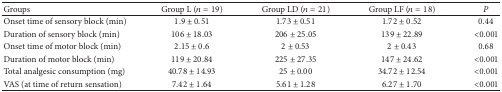
<table><thead><tr><td><b>Groups</b></td><td><b>Group L (<i>n</i> = 19)</b></td><td><b>Group LD (<i>n</i> = 21)</b></td><td><b>Group LF (<i>n</i> = 18)</b></td><td><b><i>P</i></b></td></tr></thead><tbody><tr><td>Onset time of sensory block (min)</td><td>1.9 ± 0.51</td><td>1.73 ± 0.51</td><td>1.72 ± 0.52</td><td>0.44</td></tr><tr><td>Duration of sensory block (min)</td><td>106 ± 18.03</td><td>206 ± 25.05</td><td>139 ± 22.89</td><td>&lt;0.001</td></tr><tr><td>Onset time of motor block (min)</td><td>2.15 ± 0.6</td><td>2 ± 0.53</td><td>2 ± 0.43</td><td>0.68</td></tr><tr><td>Duration of motor block (min)</td><td>119 ± 20.84</td><td>225 ± 27.35</td><td>147 ± 24.62</td><td>&lt;0.001</td></tr><tr><td>Total analgesic consumption (mg)</td><td>40.78 ± 14.93</td><td>25 ± 0.00</td><td>34.72 ± 12.54</td><td>&lt;0.001</td></tr><tr><td>VAS (at time of return sensation)</td><td>7.42 ± 1.64</td><td>5.61 ± 1.28</td><td>6.27 ± 1.70</td><td>&lt;0.001</td></tr></tbody></table>